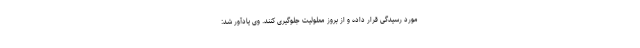
مورد رسیدگی قرار داده و از بروز معلولیت جلوگیری کنند. وی یادآور شد: